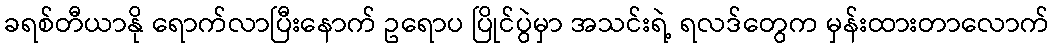
ခရစ်တီယာနို ရောက်လာပြီးနောက် ဥရောပ ပြိုင်ပွဲမှာ အသင်းရဲ့ ရလဒ်တွေက မှန်းထားတာလောက်